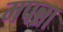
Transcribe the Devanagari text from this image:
मपन्ना